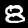
Label: 8